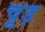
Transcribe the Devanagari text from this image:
चूड़